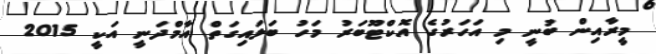
މީރާއިން ބުނީ މި އަހަރުގެ އޮކްޓޫބަރު މަހު ބަލައިގަތް އާމްދަނީ އަކީ 2015